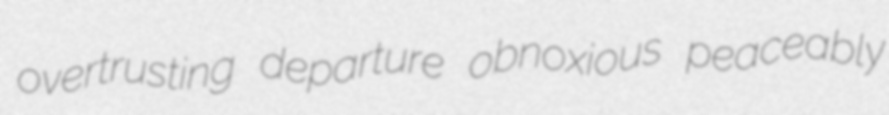
overtrusting departure obnoxious peaceably